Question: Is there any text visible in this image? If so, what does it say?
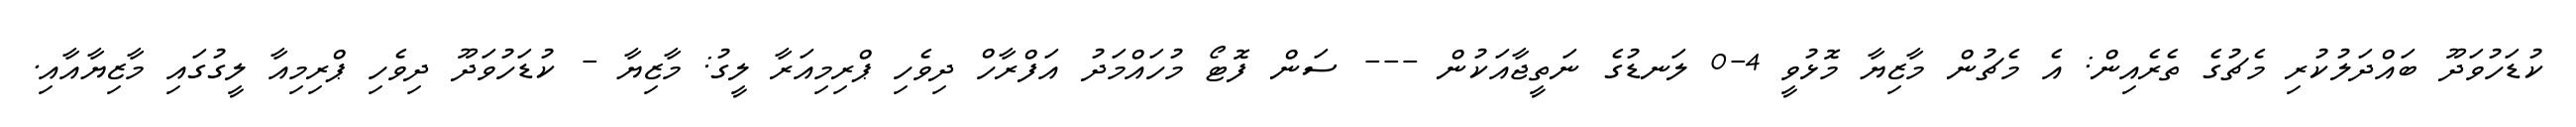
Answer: ކުޑަހުވަދޫ ބައްދަލުކުރި މެޗުގެ ތެރެއިން: އެ މެޗުން މާޒިޔާ މޮޅުވީ 4-0 ލަނޑުގެ ނަތީޖާއަކުން --- ސަން ފޮޓޯ މުހައްމަދު އަފްރާހް ދިވެހި ޕްރިމިއަރާ ލީގު: މާޒިޔާ - ކުޑަހުވަދޫ ދިވެހި ޕްރިމިއާ ލީގުގައި މާޒިޔާއާއި.